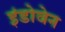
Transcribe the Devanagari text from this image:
इंडोवेन